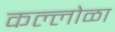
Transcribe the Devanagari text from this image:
कल्लोळा